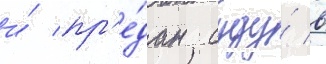
и́ пр'е́дан суду́ в